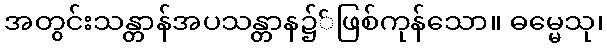
အတွင်းသန္တာန်အပသန္တာန၌်ဖြစ်ကုန်သော။ ဓမ္မေသု၊